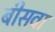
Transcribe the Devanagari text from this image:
बीसवा